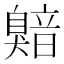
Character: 𬛯